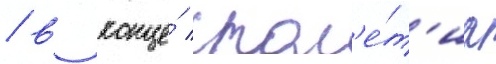
/ в конце́ стол'е́т'иа